Insane asylums in Bengal annual reports 1867-1875 - 1867-1875
Year: 1867
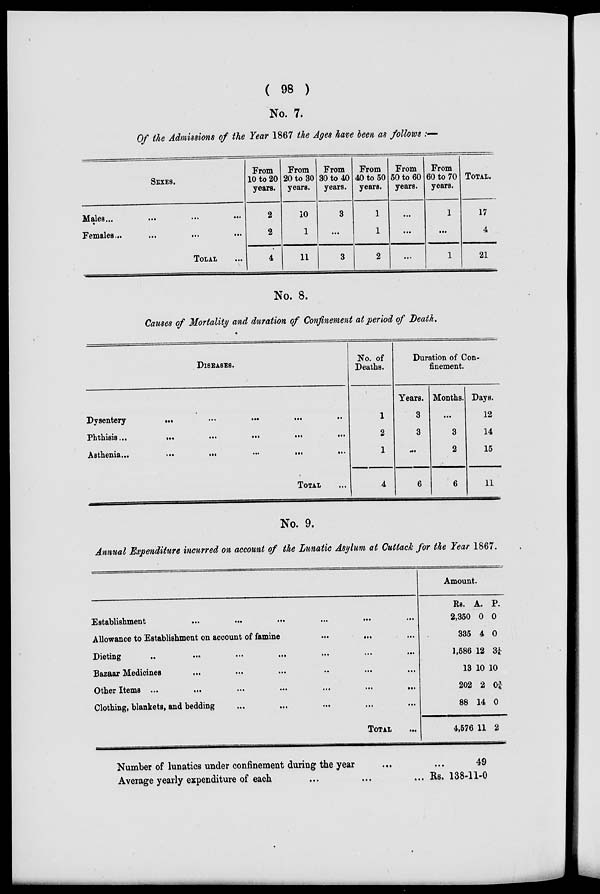
( 98 )
No. 7.
Of the Admissions of the Year 1867 the Ages have been as follows :—
SEXES.
Males ... ... ...
Females
...
...
...
TOTAL ...
From
10 to 20
years.
2
2
4
From
20 to 30
years.
10
1
11
From
30 to 40
years.
3
..
3
From
40 to 50
years.
1
1
2
From
50 to 60
years.
...
...
...
From
60 to 70
years.
1
...
1
TOTAL.
17
4
21
No. 8.
Causes of Mortality and duration of Confinement at period of Death.
DISEASES.
Dysentery ... ... ... ... ...
Phthisis ... ... ... ... ...
Asthenia
...
...
...
...
...
TOTAL ...
No. of
Deaths.
1
2
1
4
Duration of Con-
finement.
Years.
3
3
...
6
Months.
...
3
2
6
Days.
12
14
15
11
No. 9.
Annual Expenditure incurred on account of the Lunatic Asylum at Cuttack for the Year 1867.
Establishment
...
...
...
...
...
Allowance to Establishment on account of famine ... ... ...
Dieting
...
...
...
...
...
... ...
Bazaar Medicines ... ... ... ... ... ...
Other Items
...
...
...
...
...
...
Clothing, blankets, and bedding ... ... ... ... ... ...
TOTAL ...
Amount
Rs.
2,350
335
2,586
13
202
88
4,576
A.
0
4
12
10
2
14
11
P.
0
0
3 ¼
10
O¾
0
2
Number of lunatics under confinement during the year ... ...
Average yearly expenditure of each ... ... ...
49
Rs. 138-11-0